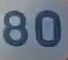
80